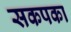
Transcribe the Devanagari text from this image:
सकपका